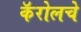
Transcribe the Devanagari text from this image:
कॅरोलचे